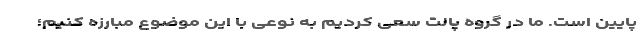
پایین است. ما در گروه پالت سعی کردیم به نوعی با این موضوع مبارزه کنیم؛